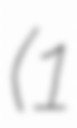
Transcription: (1